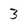
Character: 3